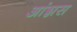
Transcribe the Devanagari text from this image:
आंग्नस